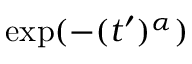
\exp ( - ( t ^ { \prime } ) ^ { \alpha } )